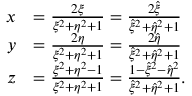
\begin{array} { r l } { x } & { = \frac { 2 \xi } { \xi ^ { 2 } + \eta ^ { 2 } + 1 } = \frac { 2 \hat { \xi } } { \hat { \xi } ^ { 2 } + \hat { \eta } ^ { 2 } + 1 } } \\ { y } & { = \frac { 2 \eta } { \xi ^ { 2 } + \eta ^ { 2 } + 1 } = \frac { 2 \hat { \eta } } { \hat { \xi } ^ { 2 } + \hat { \eta } ^ { 2 } + 1 } } \\ { z } & { = \frac { \xi ^ { 2 } + \eta ^ { 2 } - 1 } { \xi ^ { 2 } + \eta ^ { 2 } + 1 } = \frac { 1 - \hat { \xi } ^ { 2 } - \hat { \eta } ^ { 2 } } { \hat { \xi } ^ { 2 } + \hat { \eta } ^ { 2 } + 1 } . } \end{array}